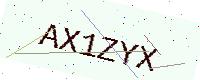
Text: AX1ZYX